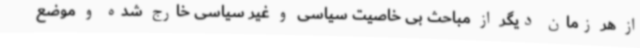
از هر زمان دیگر از مباحث بی خاصیت سیاسی و غیر سیاسی خارج شده و موضع